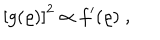
\left[ g ( \varrho ) \right] ^ { 2 } \propto f ^ { \prime } ( \varrho ) \; ,